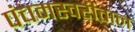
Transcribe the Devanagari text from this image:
पंचमस्वरीताल